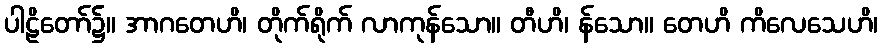
ပါဠိတော်၌။ အာဂတေဟိ၊ တိုက်ရိုက် လာကုန်သော။ တီဟိ၊ န်သော။ တေဟိ ကိလေသေဟိ၊